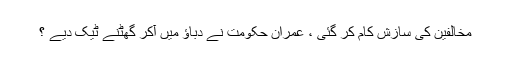
مخالفین کی سازش کام کر گئی ، عمران حکومت نے دباؤ میں آکر گھٹنے ٹیک دیے ؟